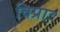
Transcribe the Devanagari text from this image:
विप्राः